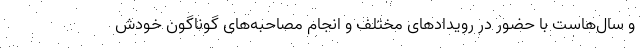
و سال‌هاست با حضور در رویدادهای مختلف و انجام مصاحبه‌های گوناگون خودش